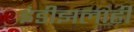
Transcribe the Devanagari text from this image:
इंडीझलाही